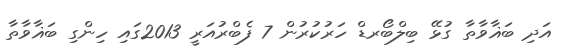
އަދި ބަޣާވާތާ ގުޅޭ ބިލްބޯރޑް ހަރުކުރުން 7 ފެބްރުއަރީ 2013ގައި ހިންގި ބަޣާވާތާ